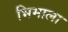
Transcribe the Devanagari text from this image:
भिमाला